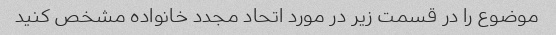
موضوع را در قسمت زیر در مورد اتحاد مجدد خانواده مشخص کنید